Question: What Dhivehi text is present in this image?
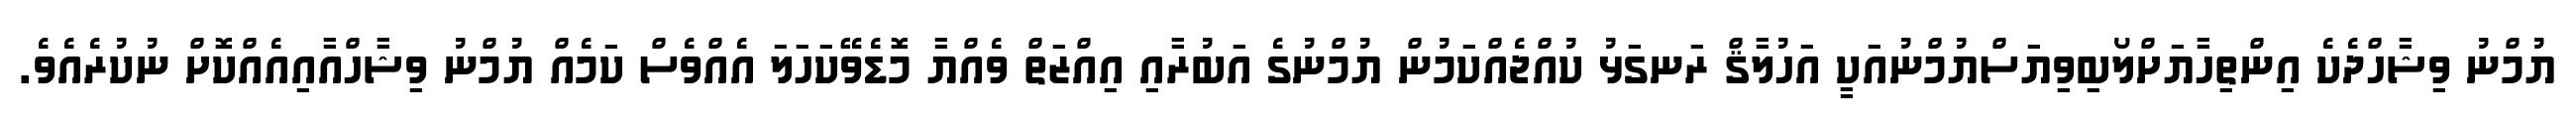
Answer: ޔުމްނު ވިޝާހްދެކެ އިންތިހާޔަށްލޯބިވިޔަސްޔުމްނުއަކީ އަހުލާޤް ރަނގަޅު ކުއްޖެއްކަމުން ޔުމްނުގެ އަބުރާއި އިއްޒަތް ވެއްޔާ މޮޑެވޭކަހަލަ އެއްވެސް ކަމެއް ޔުމްނު ވިޝާހްއާއިއެއްކޮށް ނުކުރެއެވެ.